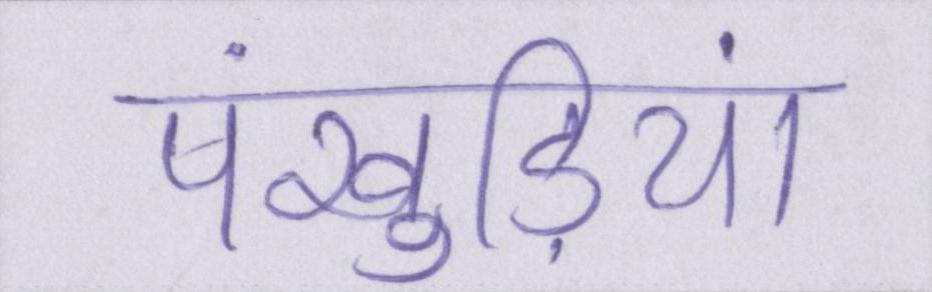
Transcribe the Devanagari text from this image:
पंखुड़ियां